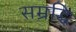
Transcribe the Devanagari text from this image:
सम्रद्धि